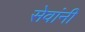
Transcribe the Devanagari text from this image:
सेवांनी